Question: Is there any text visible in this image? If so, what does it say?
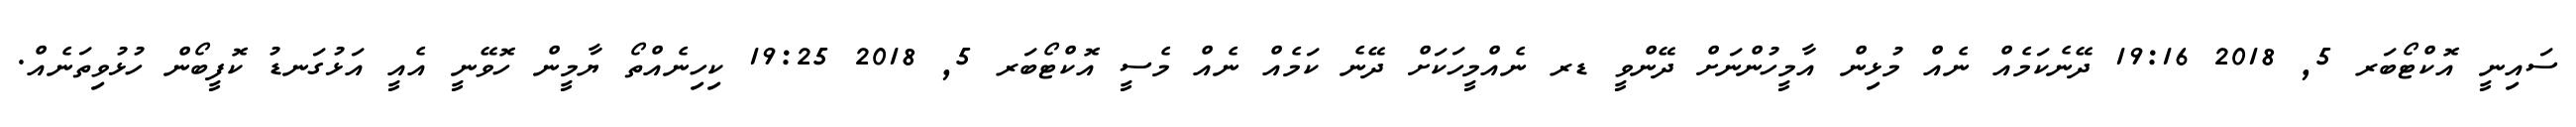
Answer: ސައިނީ އޮކްޓޯބަރ 5, 2018 19:16 ދޭނެކަމެއް ނެއް މުޅިން އާމީހުންނަށް ދޭންވީ ޑރ ނެއްމީހަކަށް ދޭނެ ކަމެއް ނެއް މެސީ އޮކްޓޯބަރ 5, 2018 19:25 ކިހިނެއްތޯ ޔާމީން ހޮވޭނީ އެއީ އަޅުގަނޑު ކޮފީބޯން ހުޅުވިތަނެއް.